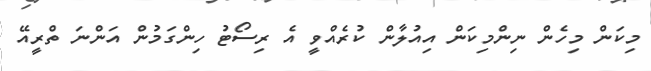
މިކަން މިހެން ނިންމިކަން އިއުލާން ކުރެއްވީ އެ ރިސޯޓު ހިންގަމުން އަންނަ ތްރީއޭ